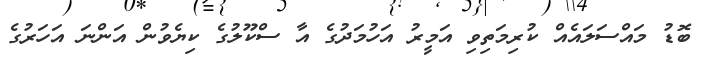
ބޮޑު މައްސަލައެއް ކުރިމަތިވި އަމީރު އަހުމަދުގެ އާ ސްކޫލުގެ ކިޔެވުން އަންނަ އަހަރުގެ